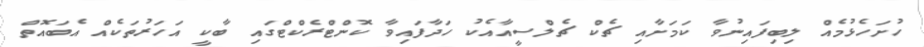
ހުށަހެޅުމެއް ލިބިފައިނުވާ ކަމަށާއި ޗެކް ޗެލްސީއާއެކު ހަދާފައިވާ ކޮންޓްރެކްޓްގައި ބާކީ އަހަރުތަކެއް އެބައޮތް